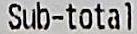
SUB-TOTAL